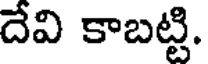
దేవి కాబట్టి.